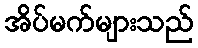
အိပ်မက်များသည်